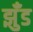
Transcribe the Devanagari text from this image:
झुँड